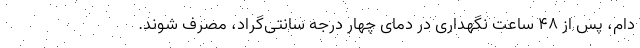
دام، پس از ۴۸ ساعت نگهداری در دمای چهار درجه سانتی‌گراد، مصرف شوند.